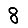
Digit: 8